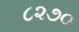
૮૨૭૦